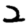
Digit: 2